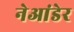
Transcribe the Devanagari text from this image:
नेआंडेर